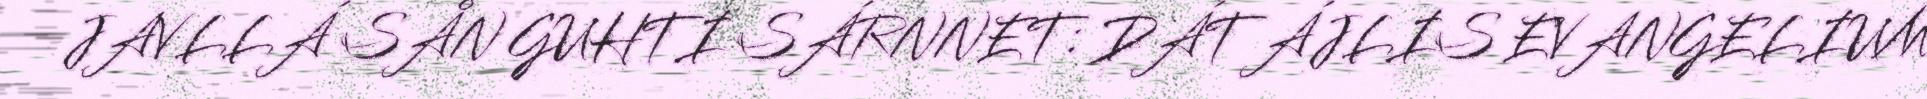
JAVLLÁ SÅN GUHTI SÁRNNET: DÁT ÁJLIS EVANGELIUM